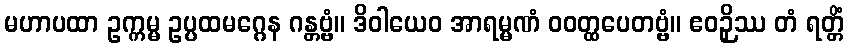
မဟာပထာ ဥက္ကမ္မ ဥပ္ပထမဂ္ဂေန ဂန္တဗ္ဗံ။ ဒိဝါယေဝ အာရမ္မဏံ ဝဝတ္ထပေတဗ္ဗံ။ ဧဝဉှိဿ တံ ရတ္တိံ